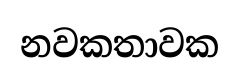
නවකතාවක